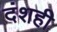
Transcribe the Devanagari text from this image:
दंशही